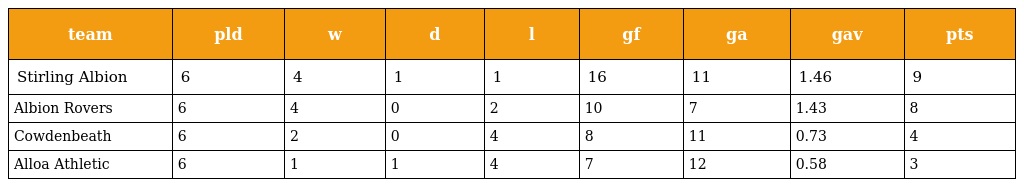
| team | pld | w | d | l | gf | ga | gav | pts |
 | --- | --- | --- | --- | --- | --- | --- | --- | --- |
 | Stirling Albion | 6 | 4 | 1 | 1 | 16 | 11 | 1.46 | 9 |
 | Albion Rovers | 6 | 4 | 0 | 2 | 10 | 7 | 1.43 | 8 |
 | Cowdenbeath | 6 | 2 | 0 | 4 | 8 | 11 | 0.73 | 4 |
 | Alloa Athletic | 6 | 1 | 1 | 4 | 7 | 12 | 0.58 | 3 |